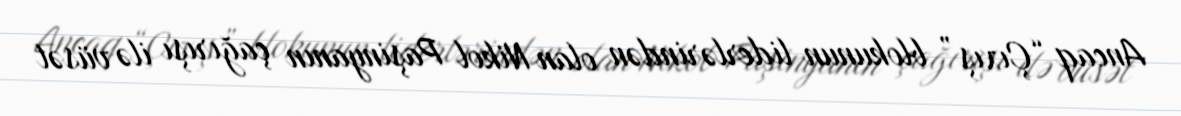
Ancaq “Çıxış” blokunun liderlərindən olan Nikol Paşinyanın çağırışı ilə vüsət